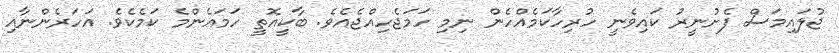
ޖުލައިމަސް ފެށުނީރު ކައިވެނީ ހުރިހާކަމެއްހެން ނިމި ހަމަޖެހިއްޖެއެވެ. ބާކީއޮތީ ހަމައެންމެ ކަމެކެވެ. އަހަރެންނާއި